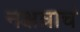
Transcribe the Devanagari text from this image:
नक्षत्राचं